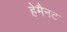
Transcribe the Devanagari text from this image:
हेमैनट